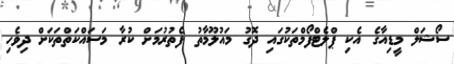
ސޯޝަލް މީޑިއާގެ އެކި ޕްލެޓްފޯމްތަކުގައި ދޮގު މައުލޫމާތު ފެތުރުމަށް ކުރާ މަސައްކަތްތަކަށް ދިވެހި